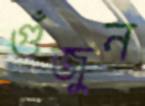
গুঁজুন